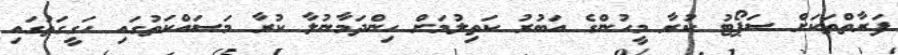
ފަރާތްތަކަށް ސަޕޯޓު ކުރާ މީހުންގެ އަބުރު ކަތިލުމަށް ހިންދަމާނުލާ ކުރާ މަސައްކަތުގައި ހަގީގަތުގައި